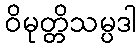
ဝိမုတ္တိသမ္ပဒါ